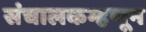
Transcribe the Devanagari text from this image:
संचालकम्हणून